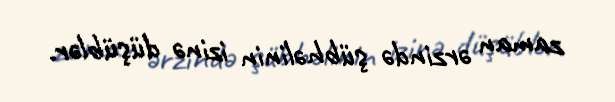
zaman ərzində şübhəlinin izinə düşüblər.